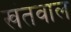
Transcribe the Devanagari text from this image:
खंतवाल